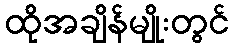
ထိုအချိန်မျိုးတွင်